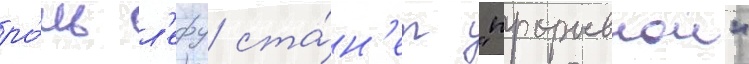
ро́ль л'ефу ста́н'ет "прорывнои"